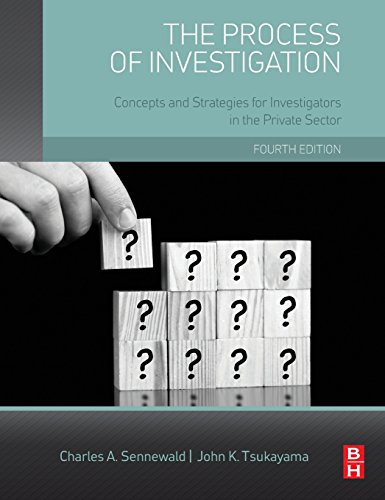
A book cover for The Process of Investigation, Fourth Edition: Concepts and Strategies for Investigators in the Private Sector; Charles A. Sennewald CPP; Biographies & Memoirs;